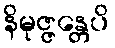
နိမုဇ္ဇန္တေပိ